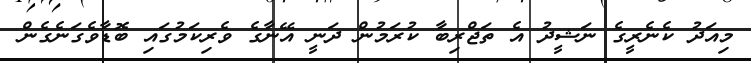
މިއަދު ކެނެރީގެ ނަޝީދު އެ ތަޖްރިބާ ކުރަމުން ދަނީ އޭނާގެ ވެރިކަމުގައި ބޮޑާވެގަނެގެން